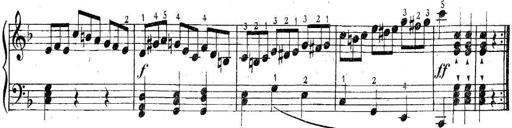
Title: 6 Easy Sonatinas
Composer: Carl Czerny